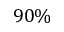
9 0 \%